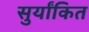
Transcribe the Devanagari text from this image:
सुर्यांकित